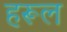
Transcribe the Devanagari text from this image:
हरूल